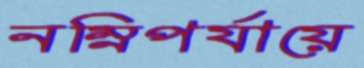
নম্নিপর্যায়ে